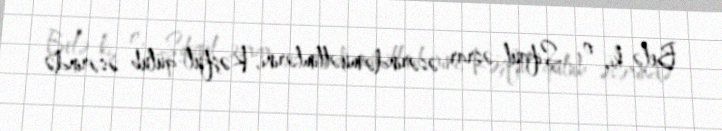
Belə ki, o, Şifaül-əsrar əsərində müəllimlərini, Kəşfül-qülub əsərində